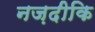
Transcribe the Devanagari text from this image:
नज़दीकि